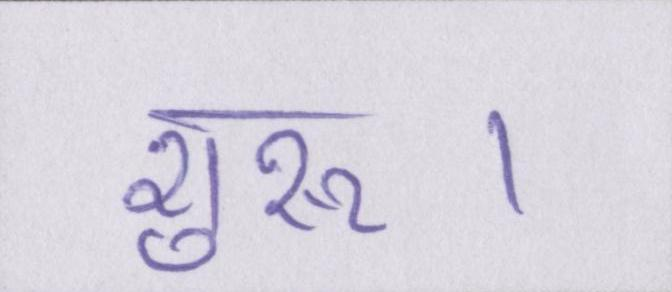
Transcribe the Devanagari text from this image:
शुरू।